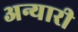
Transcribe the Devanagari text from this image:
अन्यारी